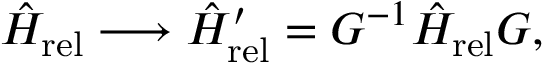
\hat { H } _ { \mathrm { r e l } } \longrightarrow \hat { H } _ { \mathrm { r e l } } ^ { \prime } = G ^ { - 1 } \hat { H } _ { \mathrm { r e l } } G ,